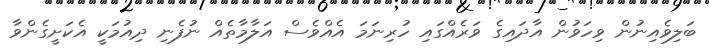
ބަލިވެއިނުން ވިހަވުން އާދައިގެ ވަރެއްގައި ހުރިނަމަ އެއްވެސް އަލާމާތެއް ނުފެނި ދިއުމަކީ އެކަށީގެންވާ